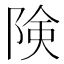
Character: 険